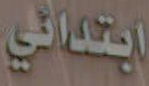
ابتدائي